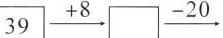
39→+8→-20